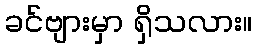
ခင်ဗျားမှာ ရှိသလား။